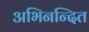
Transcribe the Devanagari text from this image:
अभिनन्दित